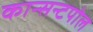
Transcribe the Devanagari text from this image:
कान्सन्टपोल